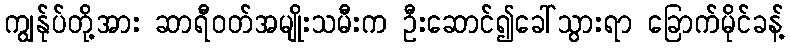
ကျွန်ုပ်တို့အား ဆာရီဝတ်အမျိုးသမီးက ဦးဆောင်၍ခေါ်သွားရာ ခြောက်မိုင်ခန့်